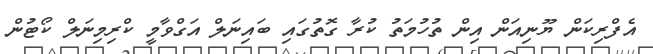
އެފްރިކަން ޔޫނިއަން އިން ތުހުމަތު ކުރާ ގޮތުގައި ބައިނަލް އަގްވާމީ ކްރިމިނަލް ކޯޓުން